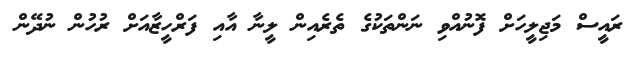
ރައީސް މަޖިލީހަށް ފޮނުއްވި ނަންތަކުގެ ތެރެއިން ލީނާ އާއި ފަރްހީޒާއަށް ރުހުން ނުދޭން